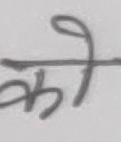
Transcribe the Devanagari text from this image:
को